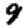
Digit: 9